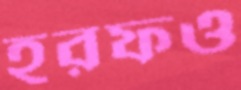
হরফও